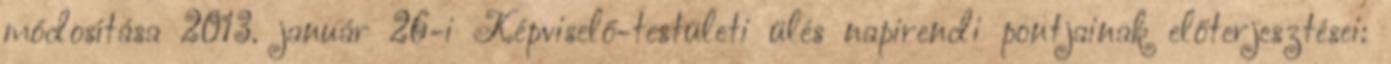
módosítása 2013. január 26-i Képviselő-testületi ülés napirendi pontjainak előterjesztései: